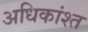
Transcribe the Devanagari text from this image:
अधिकांश्त